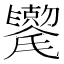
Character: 𫬯